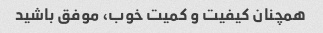
همچنان کیفیت و کمیت خوب، موفق باشید